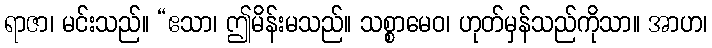
ရာဇာ၊ မင်းသည်။ “ဧသာ၊ ဤမိန်းမသည်။ သစ္စာမေဝ၊ ဟုတ်မှန်သည်ကိုသာ။ အာဟ၊